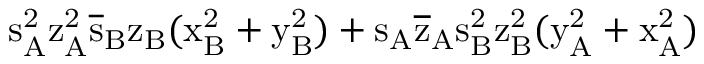
\mathrm { s _ { A } ^ { 2 } \mathrm { z _ { A } ^ { 2 } \mathrm { \overline { { s } } _ { B } \mathrm { z _ { B } ( \mathrm { x _ { B } ^ { 2 } + \mathrm { y _ { B } ^ { 2 } ) + \mathrm { s _ { A } \mathrm { \overline { { z } } _ { A } \mathrm { s _ { B } ^ { 2 } \mathrm { z _ { B } ^ { 2 } ( \mathrm { y _ { A } ^ { 2 } + \mathrm { x _ { A } ^ { 2 } ) } } } } } } } } } } } }